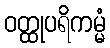
ဝတ္ထုပရိကမ္မံ